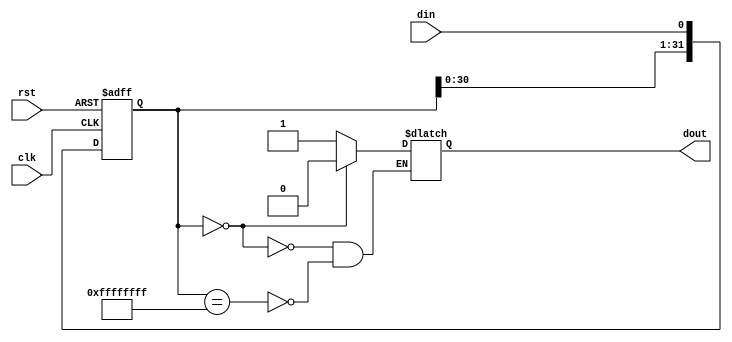
module shake(rst,clk,din,dout);
	input rst,clk,din;
	output reg dout;
	reg [31:0] fifo;
	
	always @(posedge rst or posedge clk) begin
		if(rst) fifo <= 0;
		else fifo[31:0] <= {fifo[30:0],din};
	end
	
	always @(fifo) begin
		if(fifo == 32'h00000000) dout <= 0;
		else if(fifo == 32'hffffffff) dout <= 1;
		else dout <= dout;
	end
endmodule